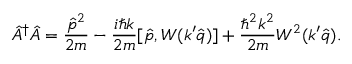
\hat { A } ^ { \dagger } \hat { A } = \frac { \hat { p } ^ { 2 } } { 2 m } - \frac { i \hbar k } { 2 m } [ \hat { p } , W ( k ^ { \prime } \hat { q } ) ] + \frac { \hbar ^ { 2 } k ^ { 2 } } { 2 m } W ^ { 2 } ( k ^ { \prime } \hat { q } ) .